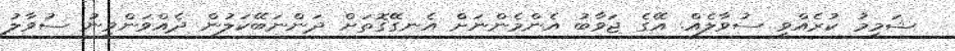
ޝަމީމު ކުރެއްވީ ސުވާލެއް. އޭގެ ޖަވާބު އެންމެންނަށް އެނގޭގޮތަށް ދަންނަބޭކަލުން ދެއްވަންވީނު ސުވާލު